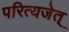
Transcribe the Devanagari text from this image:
परित्यजेत्